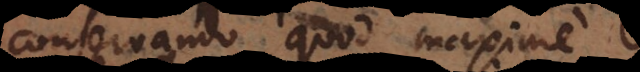
conservando, quod maxime